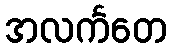
အလင်္ကတေ